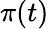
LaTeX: \pi(t)